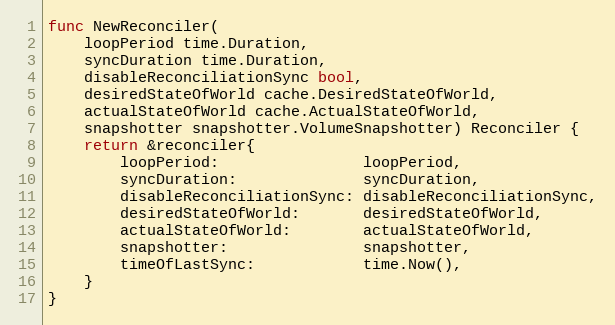
Language: Go
func NewReconciler(
	loopPeriod time.Duration,
	syncDuration time.Duration,
	disableReconciliationSync bool,
	desiredStateOfWorld cache.DesiredStateOfWorld,
	actualStateOfWorld cache.ActualStateOfWorld,
	snapshotter snapshotter.VolumeSnapshotter) Reconciler {
	return &reconciler{
		loopPeriod:                loopPeriod,
		syncDuration:              syncDuration,
		disableReconciliationSync: disableReconciliationSync,
		desiredStateOfWorld:       desiredStateOfWorld,
		actualStateOfWorld:        actualStateOfWorld,
		snapshotter:               snapshotter,
		timeOfLastSync:            time.Now(),
	}
}